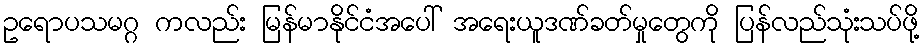
ဥရောပသမဂ္ဂ ကလည်း မြန်မာနိုင်ငံအပေါ် အရေးယူဒဏ်ခတ်မှုတွေကို ပြန်လည်သုံးသပ်ဖို့